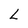
Character: L